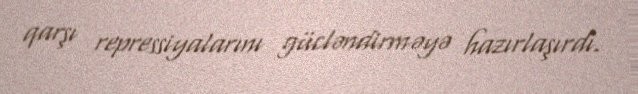
qarşı repressiyalarını gücləndirməyə hazırlaşırdı.